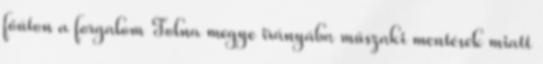
főúton a forgalom Tolna megye irányába műszaki mentések miatt